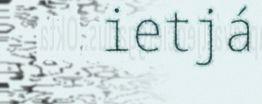
ietjá